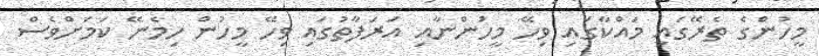
މީހުންގެ ތެރޭގައި މައްކާގައި ވިހޭ މީހުންނާއި އަރަފާތުގައި ވިހޭ މީހުން ހިމެނޭ ކަމަށްވެސް